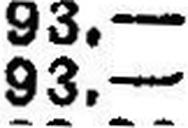
93.—